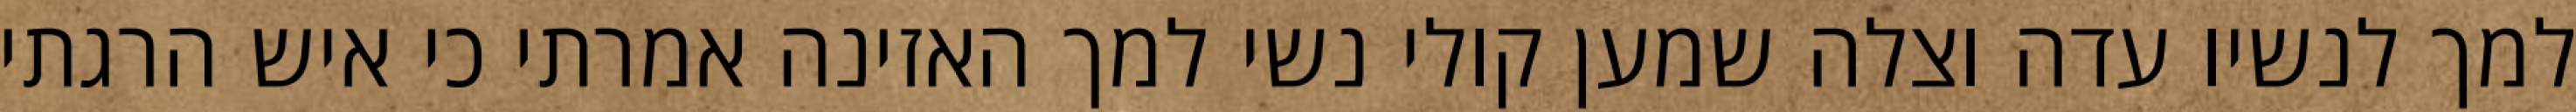
למך לנשיו עדה וצלה שמען קולי נשי למך האזינה אמרתי כי איש הרגתי